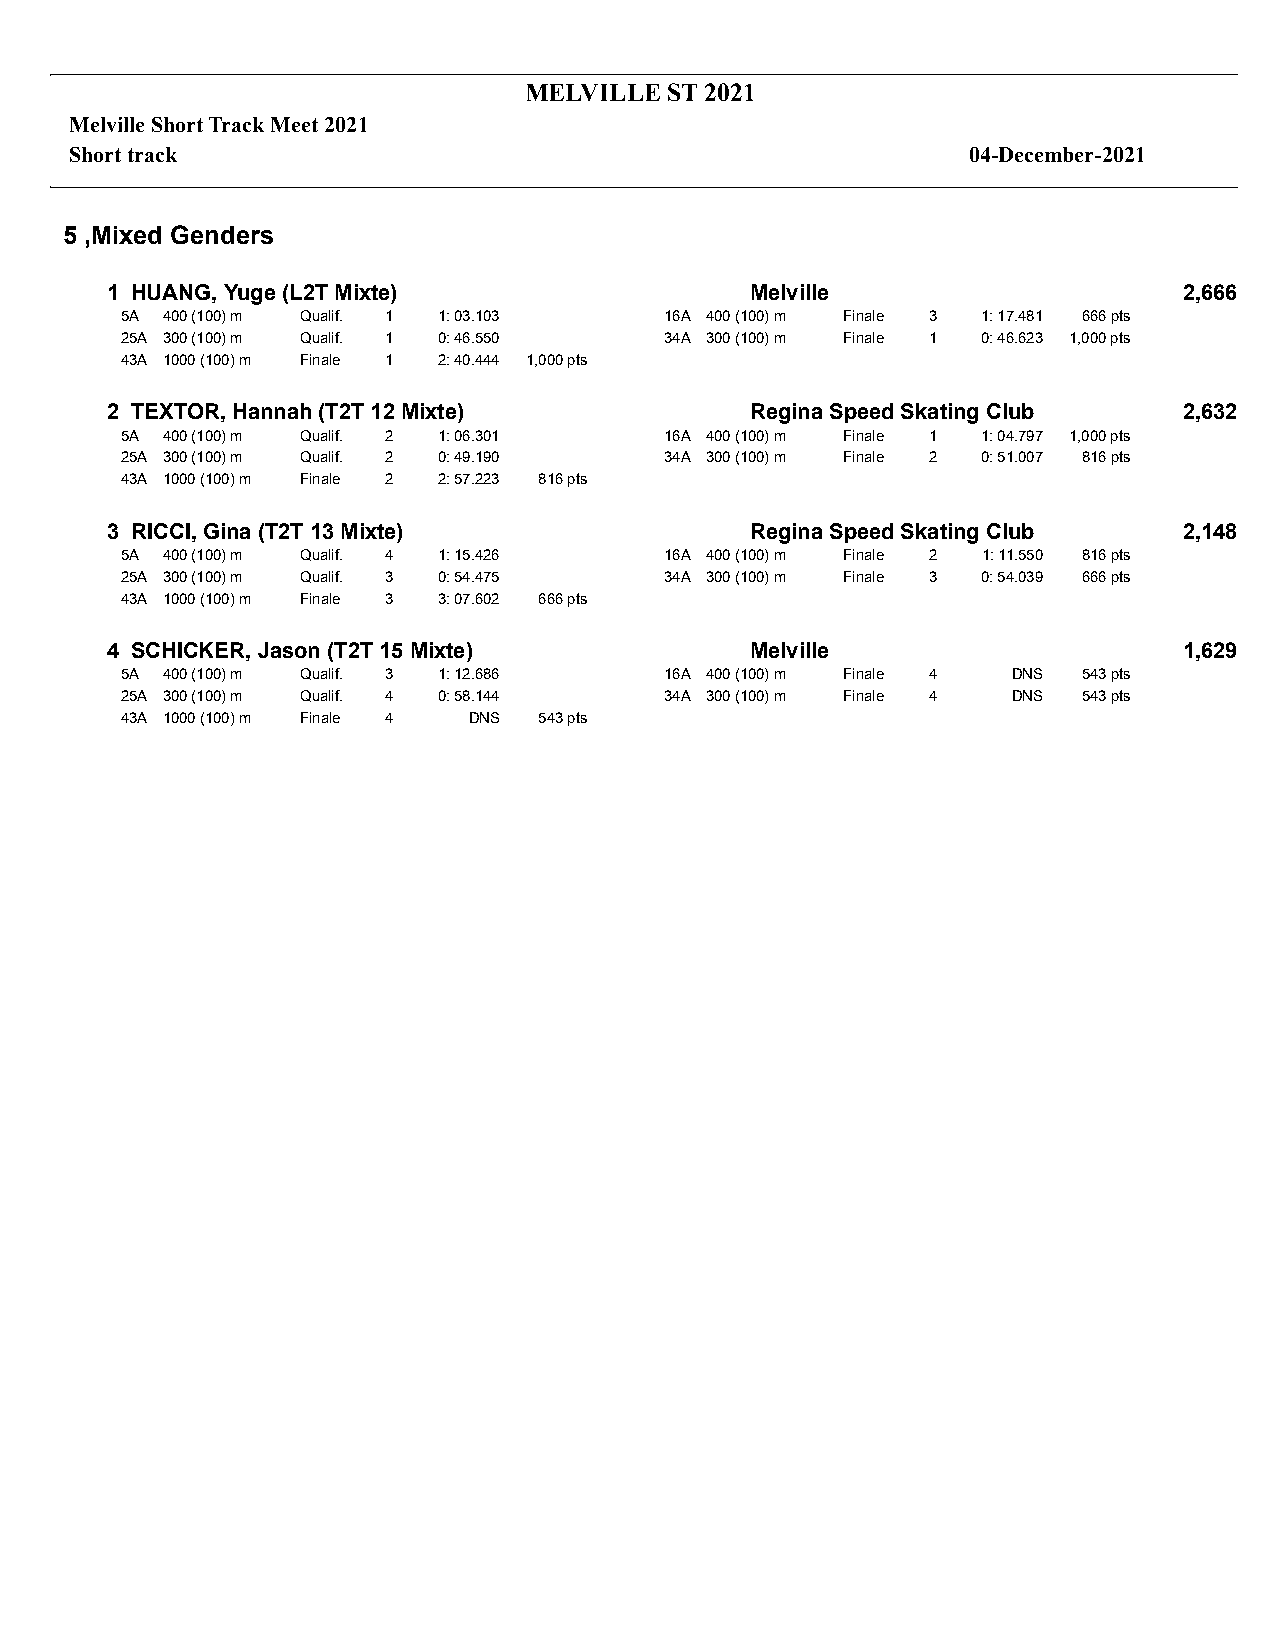
MELVILLE ST 2021
 Melville Short Track Meet 2021
 Short track                                                04-December-2021
 5 ,Mixed Genders
 1 HUANG, Yuge (L2T Mixte)                  Melville                    2,666
 5A 400 (100) m Qualif. 1 1: 03.103  16A 400 (100) m Finale 3 1: 17.481 666 pts
 25A 300 (100) m Qualif. 1 0: 46.550 34A 300 (100) m Finale 1 0: 46.623 1,000 pts
 43A 1000 (100) m Finale 1 2: 40.444 1,000 pts
 2 TEXTOR, Hannah (T2T 12 Mixte)            Regina Speed Skating Club   2,632
 5A 400 (100) m Qualif. 2 1: 06.301  16A 400 (100) m Finale 1 1: 04.797 1,000 pts
 25A 300 (100) m Qualif. 2 0: 49.190 34A 300 (100) m Finale 2 0: 51.007 816 pts
 43A 1000 (100) m Finale 2 2: 57.223 816 pts
 3 RICCI, Gina (T2T 13 Mixte)               Regina Speed Skating Club   2,148
 5A 400 (100) m Qualif. 4 1: 15.426  16A 400 (100) m Finale 2 1: 11.550 816 pts
 25A 300 (100) m Qualif. 3 0: 54.475 34A 300 (100) m Finale 3 0: 54.039 666 pts
 43A 1000 (100) m Finale 3 3: 07.602 666 pts
 4 SCHICKER, Jason (T2T 15 Mixte)           Melville                    1,629
 5A 400 (100) m Qualif. 3 1: 12.686  16A 400 (100) m Finale 4 DNS 543 pts
 25A 300 (100) m Qualif. 4 0: 58.144 34A 300 (100) m Finale 4 DNS 543 pts
 43A 1000 (100) m Finale 4 DNS 543 pts